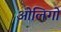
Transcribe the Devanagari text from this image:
ओलिगो